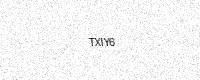
Text: TXIY6